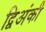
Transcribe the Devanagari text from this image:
द्विअंकी